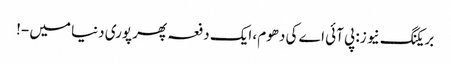
بریکنگ نیو ز: پی آئی اے کی دھوم، ایک دفعہ پھر پوری دنیا میں -!